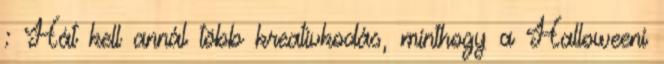
: Hát kell annál több kreatívkodás, minthogy a Halloweeni